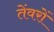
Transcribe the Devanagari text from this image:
तेंवरों